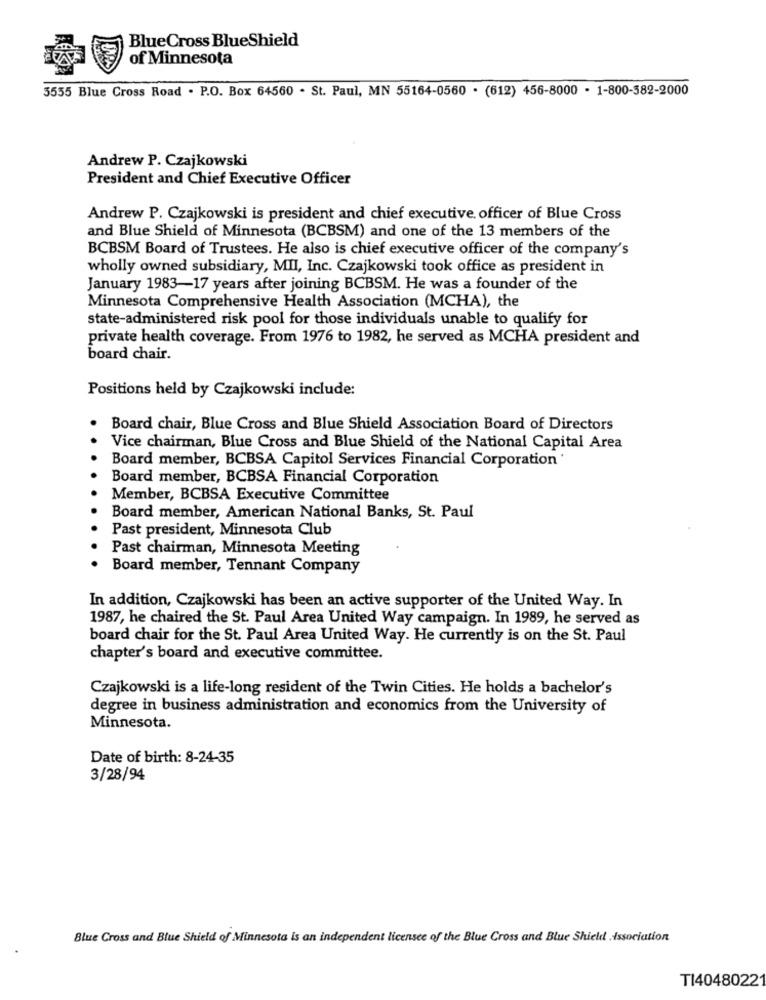
Blue Cross BlueShield
of Minnesota
5555 Blue Cross Road . P.O. Box 64560 . St. Paul, MN 55164-0560 . (612) 456-8000 - 1-800-382-2000
Andrew P. Czajkowski
President and Chief Executive Officer
Andrew P. Czajkowski is president and chief executive officer of Blue Cross
and Blue Shield of Minnesota (BCBSM) and one of the 13 members of the
BCBSM Board of Trustees. He also is chief executive officer of the company's
wholly owned subsidiary, MII, Inc. Czajkowski took office as president in
January 1983-17 years after joining BCBSM. He was a founder of the
Minnesota Comprehensive Health Association (MCHA), the
state-administered risk pool for those individuals unable to qualify for
private health coverage. From 1976 to 1982, he served as MCHA president and
board chair.
Positions held by Czajkowski include:
Board chair, Blue Cross and Blue Shield Association Board of Directors
Vice chairman, Blue Cross and Blue Shield of the National Capital Area
Board member, BCBSA Capitol Services Financial Corporation
Board member, BCBSA Financial Corporation
Member, BCBSA Executive Committee
Board member, American National Banks, St. Paul
Past president, Minnesota Club
Past chairman, Minnesota Meeting
Board member, Tennant Company
In addition, Czajkowski has been an active supporter of the United Way. In
1987, he chaired the St. Paul Area United Way campaign. In 1989, he served as
board chair for the St. Paul Area United Way. He currently is on the St. Paul
chapter's board and executive committee.
Czajkowski is a life-long resident of the Twin Cities. He holds a bachelor's
degree in business administration and economics from the University of
Minnesota.
Date of birth: 8-24-35
3/28/94
Blue Cross and Blue Shield of Minnesota is an independent licensee of the Blue Cross and Blue Shield .Association
TI4048022